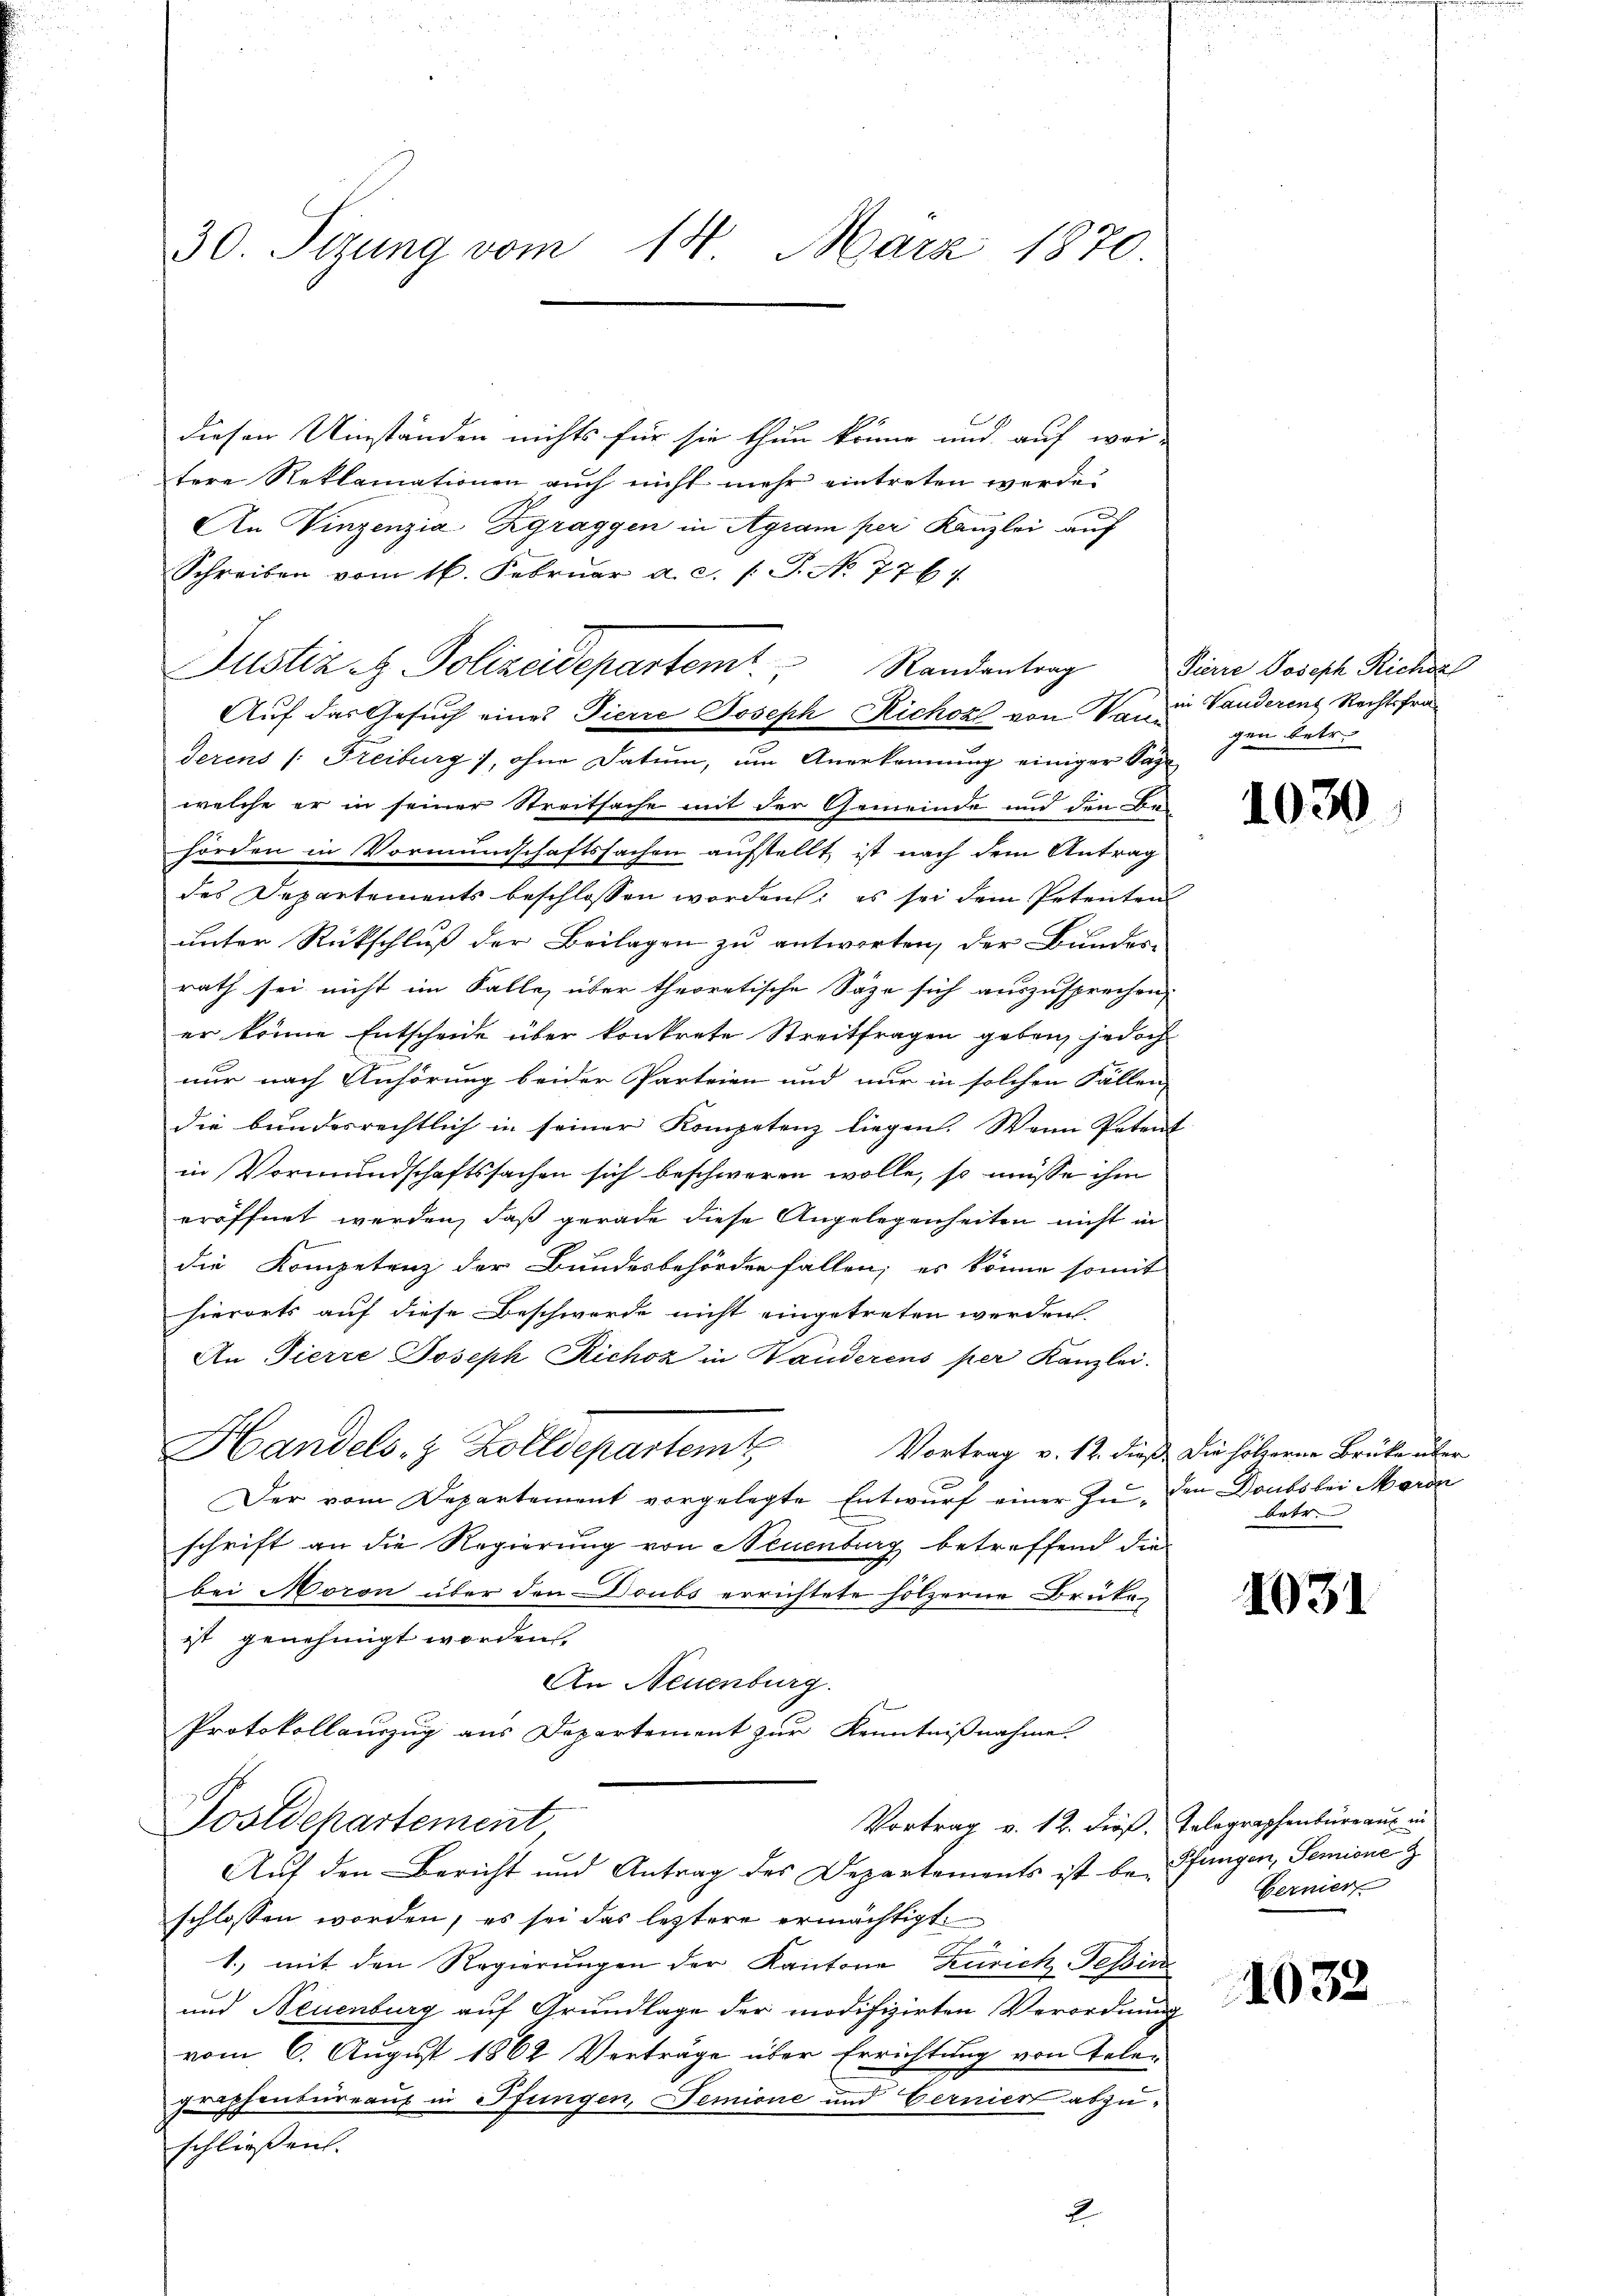
30. Sitzung vom 14. März 1870.

diesen Umständen nichts für sie thun könne und auf wei-
tere Reklamationen auch nicht mehr eintreten werde.
An Vinzenzia Zgraggen in Agram per Kanzlei auf
Schreiben vom 16. Febrŭar a. c. /: P. No. 7767.
Auf das Gesuch eines Pierre Joseph Richozl von Vani Vanderen Rechtsfraderens (: Freiburg), ohne Datum, um Anerkennung einiger Tage
B
welche er in seiner Streitsache mit der Gemeinde und den Be-
hörden in Vormundschaftssachen aufstellt, ist nach dem Antrag
des Departements beschlossen worden; es sei dem Petenten
unter Rückschluß der Beilagen zu antworten, der Bundes-
rath sei nicht im Falle, über theoretische Säge sich auszusprechen,
er könne Entscheide über konkrete Streitfragen geben, jedoch
nur nach Anhörung beider Parteien und nur in solchen Fällen
die bundesrechtlich in seiner Kompetenz liegen. Wenn Petent
in Vormundschaftssachen sich beschweren wolle, so müsse ihm
eröffnet werden, daß gerade diese Angelegenheiten nicht in
die Kompetenz der Bundesbehörden fallen; es könne somit
hierorts auf diese Beschwerde nicht eingetreten werden
An Tierre Joseph Richoz in Handerens per Kanzlei.
Handels- & Zolldepartem
Vortrag v. 12. dieß. Die hölzerne Brüke über
Der vom Departement vorgelegte Entwurf einer zu den Doubs bei Maron
schrift an die Regierung von Neuenburg betreffend die
bei Moron über den Doubs errichtete hölzerne Druka-
ist genehmigt worden.
An Neuenburg.
Protokollauszug aus Departement zur Kenntnißnahme
Vortrag v. 12. dieß. Telegraphenbureaus in
Postdepartement
Auf den Bericht und Antrag des Departements ist be- Pfangen, Semine Z
schlossen worden, es sei das leztere ermächtigt
1., mit den Regierungen der Kantone Zeich Tessin
und Neuenburg auf Grundlage der modifizirten Verordnung
vom 6. August 1862 Verträge über Errichtung von Telegraphenbureaus in Pfungen, Temione und Verniert abzuschliessen.
2

Justiz. Polizeidepartem Randentrag

Pierre Joseph Richdal
gen betr.

1030

betr.

1031

bernier

1032